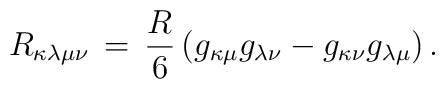
R_{\kappa \lambda \mu \nu}\,=\,\frac{R}{6}\left(g_{\kappa \mu}g_{\lambda \nu}-g_{\kappa \nu}g_{\lambda \mu}\right).